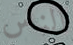
الناس